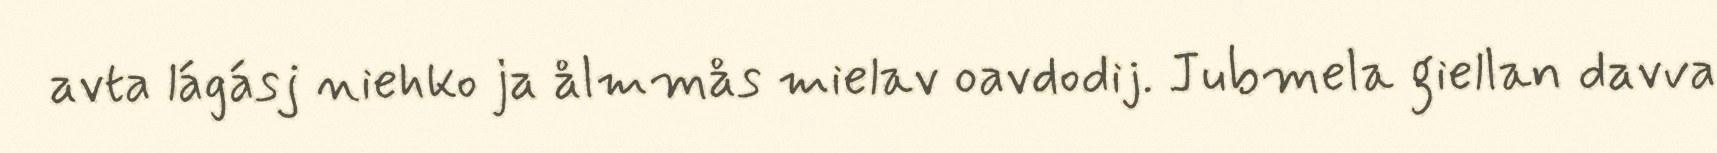
avta lágásj niehko ja ålmmås mielav oavdodij. Jubmela giellan davva